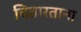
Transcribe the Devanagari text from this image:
चितारताना